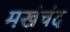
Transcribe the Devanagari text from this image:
मखंचंद